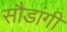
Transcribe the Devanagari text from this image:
सौडांगी